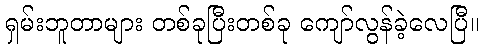
ရှမ်းဘူတာများ တစ်ခုပြီးတစ်ခု ကျော်လွန်ခဲ့လေပြီ။